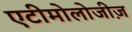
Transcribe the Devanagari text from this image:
एटीमोलोजीज़